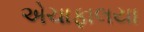
એચાફાલયા